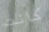
كانت